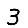
Digit: 3